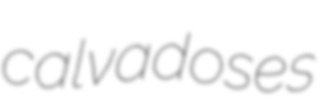
calvadoses